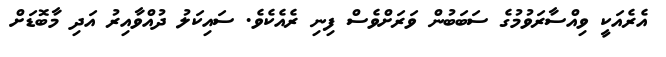
އެރެއަކީ ވިއްސާރަވުމުގެ ސަބަބުން ވަރަށްވެސް ފިނި ރެއެކެވެ. ސައިކަލު ދުއްވާއިރު އަދި މާބޮޑަށް